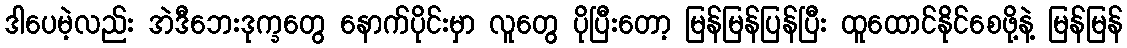
ဒါပေမဲ့လည်း အဲဒီဘေးဒုက္ခတွေ နောက်ပိုင်းမှာ လူတွေ ပိုပြီးတော့ မြန်မြန်ပြန်ပြီး ထူထောင်နိုင်စေဖို့နဲ့ မြန်မြန်